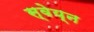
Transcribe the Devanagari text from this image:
स्वेय्न